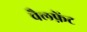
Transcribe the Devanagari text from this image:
चैलफ़ेंट